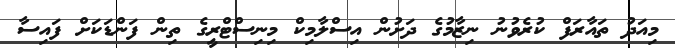
މިއަދު ތައާރަފް ކުރެވުނު ނިޒާމުގެ ދަށުން އިސްލާމިކް މިނިސްޓްރީގެ ތިން ފަންޑަކަށް ފައިސާ